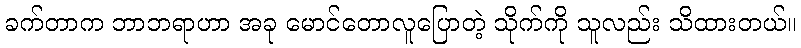
ခက်တာက ဘာဘရာဟာ အခု မောင်တောလူပြောတဲ့ သိုက်ကို သူလည်း သိထားတယ်။